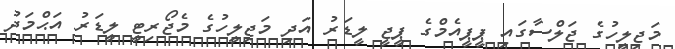
މަޖިލީހުގެ ޖަލްސާގައި ޕީޕީއެމްގެ ޕީޖީ ލީޑަރު އަދި މަޖިލީހުގެ މެޖޯރިޓީ ލީޑަރު އަޙްމަދު